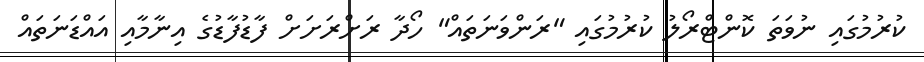
ކުރުމުގައި ނުވަތަ ކޮންޓްރޯލު ކުރުމުގައި "ރަންވަނަތައް" ހޯދާ ރަށްރަށަށް ފާޑުފާޑުގެ އިނާމާއި އައްޑަނަތައް